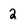
Character: 2